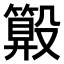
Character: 𣫑